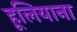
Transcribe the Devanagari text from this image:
हूलियाना